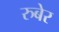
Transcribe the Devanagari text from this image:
रुबेर